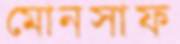
মোনসাফ